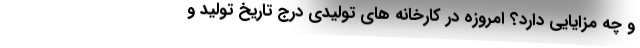
و چه مزایایی دارد؟ امروزه در کارخانه های تولیدی درج تاریخ تولید و